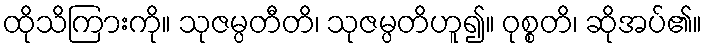
ထိုသိကြားကို။ သုဇမ္ပတီတိ၊ သုဇမ္ပတိဟူ၍။ ဝုစ္စတိ၊ ဆိုအပ်၏။